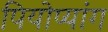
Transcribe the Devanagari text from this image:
पियोप्यांग